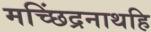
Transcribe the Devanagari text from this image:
मच्छिंद्रनाथहि